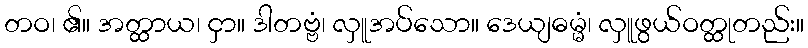
တဝ၊ ၏။ အတ္ထာယ၊ ငှာ။ ဒါတဗ္ဗံ၊ လှူအပ်သော။ ဒေယျဓမ္မံ၊ လှူဖွယ်ဝတ္ထုတည်း။